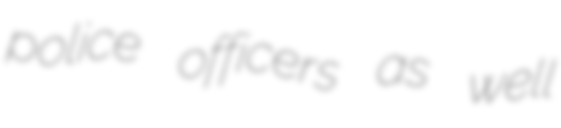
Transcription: police officers as well